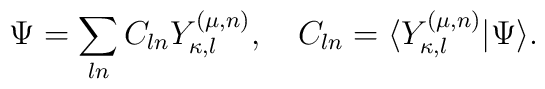
\Psi = \sum_{ln} C_{ln}Y_{\kappa,l}^{(\mu,n) } ,\quad C_{ln}=\langle Y_{\kappa,l}^{(\mu,n)}|\Psi \rangle.